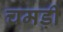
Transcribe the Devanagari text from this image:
चमड़ी